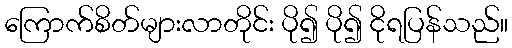
ကြောက်စိတ်များလာတိုင်း ပို၍ ပို၍ ငိုရပြန်သည်။